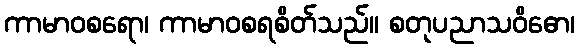
ကာမာဝစရော၊ ကာမာဝစရစိတ်သည်။ စတုပညာသဝိဓော၊